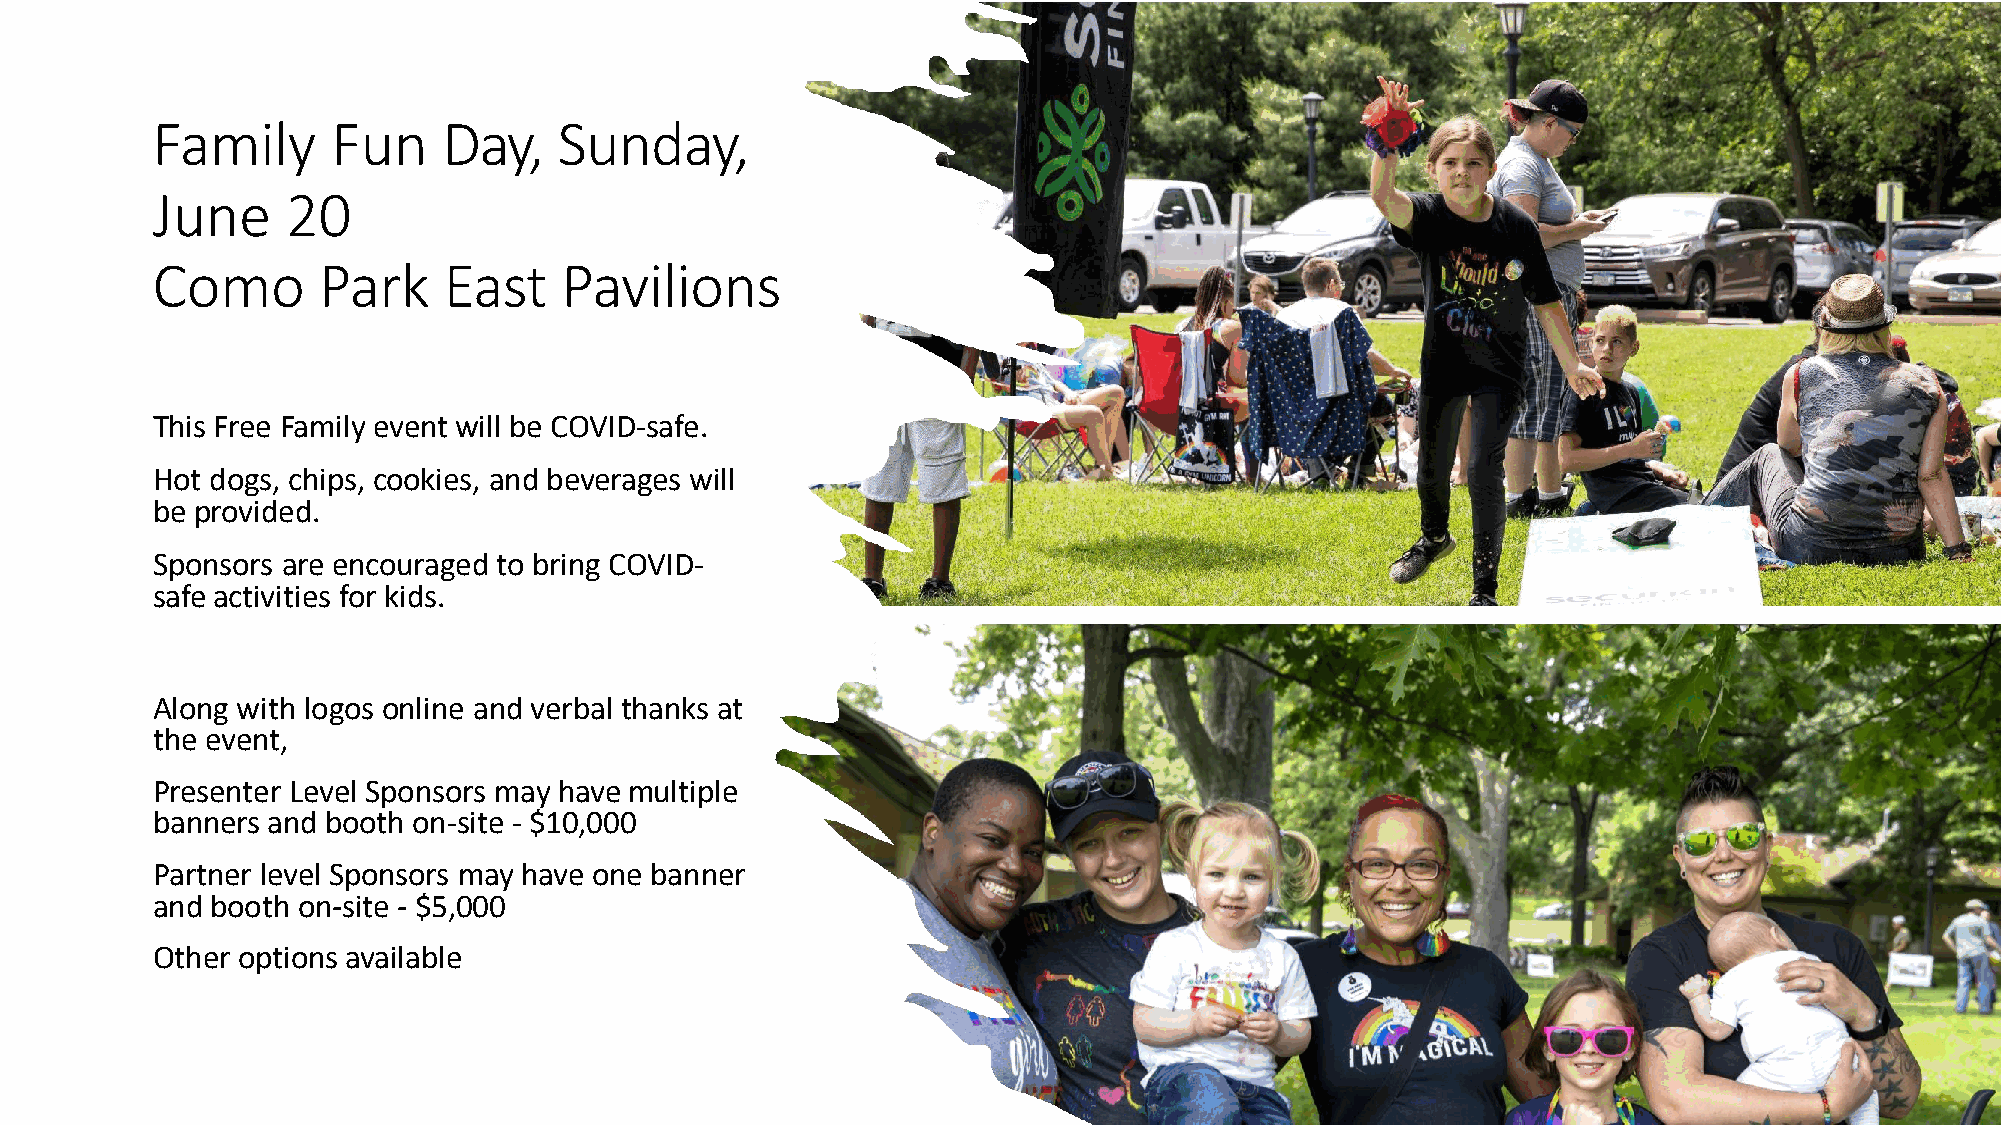
Family      Fun    Day,    Sunday,
 June     20
 Como       Park    East    Pavilions
 This Free Family event will be COVID-safe.
 Hot dogs, chips, cookies, and beverages will
 be provided.
 Sponsors are encouraged to bring COVID-
 safe activities for kids.
 Along with logos online and verbal thanks at
 the event,
 Presenter Level Sponsors may have multiple
 banners and booth on-site - $10,000
 Partner level Sponsors may have one banner
 and booth on-site - $5,000
 Other options available